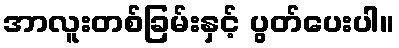
အာလူးတစ်ခြမ်းနှင့် ပွတ်ပေးပါ။